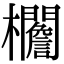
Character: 𣡞